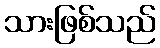
သားဖြစ်သည်